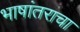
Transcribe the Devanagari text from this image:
भाषांतराचा